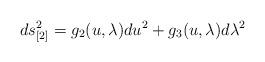
LaTeX: \begin{align*}ds_{[2]}^{2}=g_{2}(u,\lambda )du^{2}+g_{3}(u,\lambda )d\lambda ^{2}\end{align*}